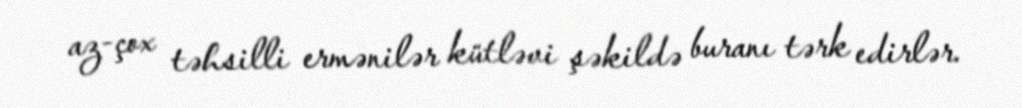
az-çox təhsilli ermənilər kütləvi şəkildə buranı tərk edirlər.